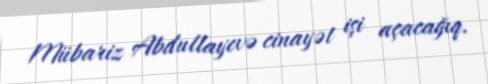
Mübariz Abdullayevə cinayət işi açacağıq.